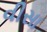
વીસા